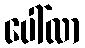
ပေါ်လာ